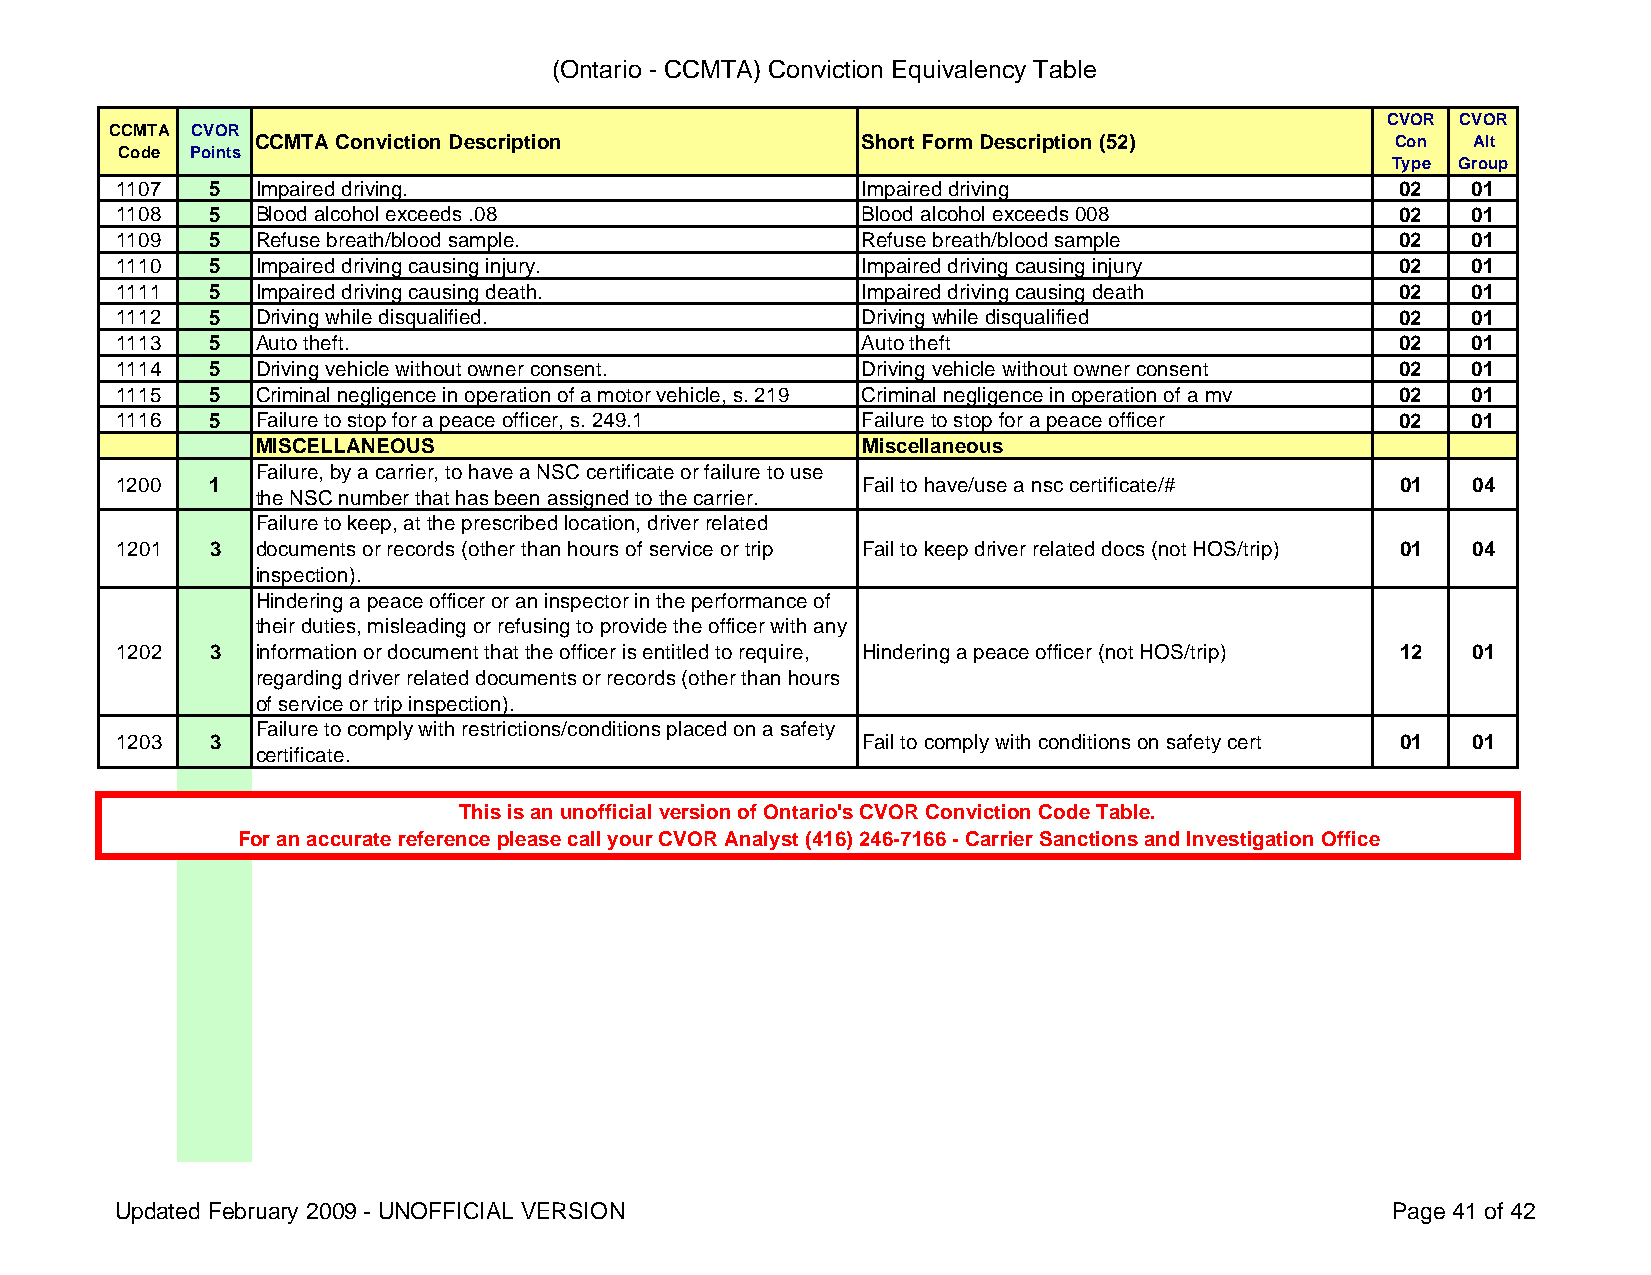
(Ontario - CCMTA) Conviction Equivalency Table
 CVOR CVOR
 CCMTA CVOR
 CCMTA Conviction Description            Short Form Description (52)        Con  Alt
 Code Points
 Type Group
 1107  5  Impaired driving.                       Impaired driving                    02  01
 1108  5  Blood alcohol exceeds .08               Blood alcohol exceeds 008           02  01
 1109  5  Refuse breath/blood sample.             Refuse breath/blood sample          02  01
 1110  5  Impaired driving causing injury.        Impaired driving causing injury     02  01
 1111  5  Impaired driving causing death.         Impaired driving causing death      02  01
 1112  5  Driving while disqualified.             Driving while disqualified          02  01
 1113  5  Auto theft.                             Auto theft                          02  01
 1114  5  Driving vehicle without owner consent.  Driving vehicle without owner consent 02 01
 1115  5  Criminal negligence in operation of a motor vehicle, s. 219 Criminal negligence in operation of a mv 02 01
 1116  5  Failure to stop for a peace officer, s. 249.1 Failure to stop for a peace officer 02 01
 MISCELLANEOUS                           Miscellaneous
 Failure, by a carrier, to have a NSC certificate or failure to use
 1200  1                                          Fail to have/use a nsc certificate/# 01 04
 the NSC number that has been assigned to the carrier.
 Failure to keep, at the prescribed location, driver related
 1201  3  documents or records (other than hours of service or trip Fail to keep driver related docs (not HOS/trip) 01 04
 inspection).
 Hindering a peace officer or an inspector in the performance of
 their duties, misleading or refusing to provide the officer with any
 1202  3  information or document that the officer is entitled to require, Hindering a peace officer (not HOS/trip) 12 01
 regarding driver related documents or records (other than hours
 of service or trip inspection).
 Failure to comply with restrictions/conditions placed on a safety
 1203  3                                          Fail to comply with conditions on safety cert 01 01
 certificate.
 This is an unofficial version of Ontario's CVOR Conviction Code Table.
 For an accurate reference please call your CVOR Analyst (416) 246-7166 - Carrier Sanctions and Investigation Office
 Updated February 2009 - UNOFFICIAL VERSION                                          Page 41 of 42